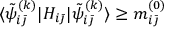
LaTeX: \langle \tilde { \psi } _ { i \bar { \jmath } } ^ { ( k ) } | H _ { i \bar { \jmath } } | \tilde { \psi } _ { i \bar { \jmath } } ^ { ( k ) } \rangle \geq m _ { i \bar { \jmath } } ^ { ( 0 ) }